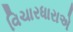
વિચારધારાએ